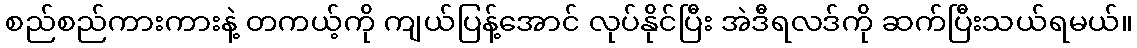
စည်စည်ကားကားနဲ့ တကယ့်ကို ကျယ်ပြန့်အောင် လုပ်နိုင်ပြီး အဲဒီရလဒ်ကို ဆက်ပြီးသယ်ရမယ်။